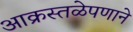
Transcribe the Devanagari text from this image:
आक्रस्तळेपणाने